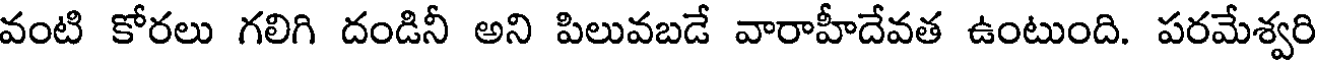
వంటి కోరలు గలిగి దండినీ అని పిలువబడే వారాహీదేవత ఉంటుంది. పరమేశ్వరి